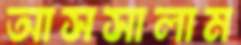
আসসালাম